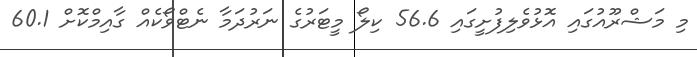
މި މަޝްރޫއުގައި އޮޅުވެލިފުށީގައި 56.6 ކިލޯ މީޓަރުގެ ނަރުދަމާ ނެޓްވޯކެއް ގާއިމްކޮށް 60.1